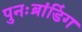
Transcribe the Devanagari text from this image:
पुनःब्रांडिंग